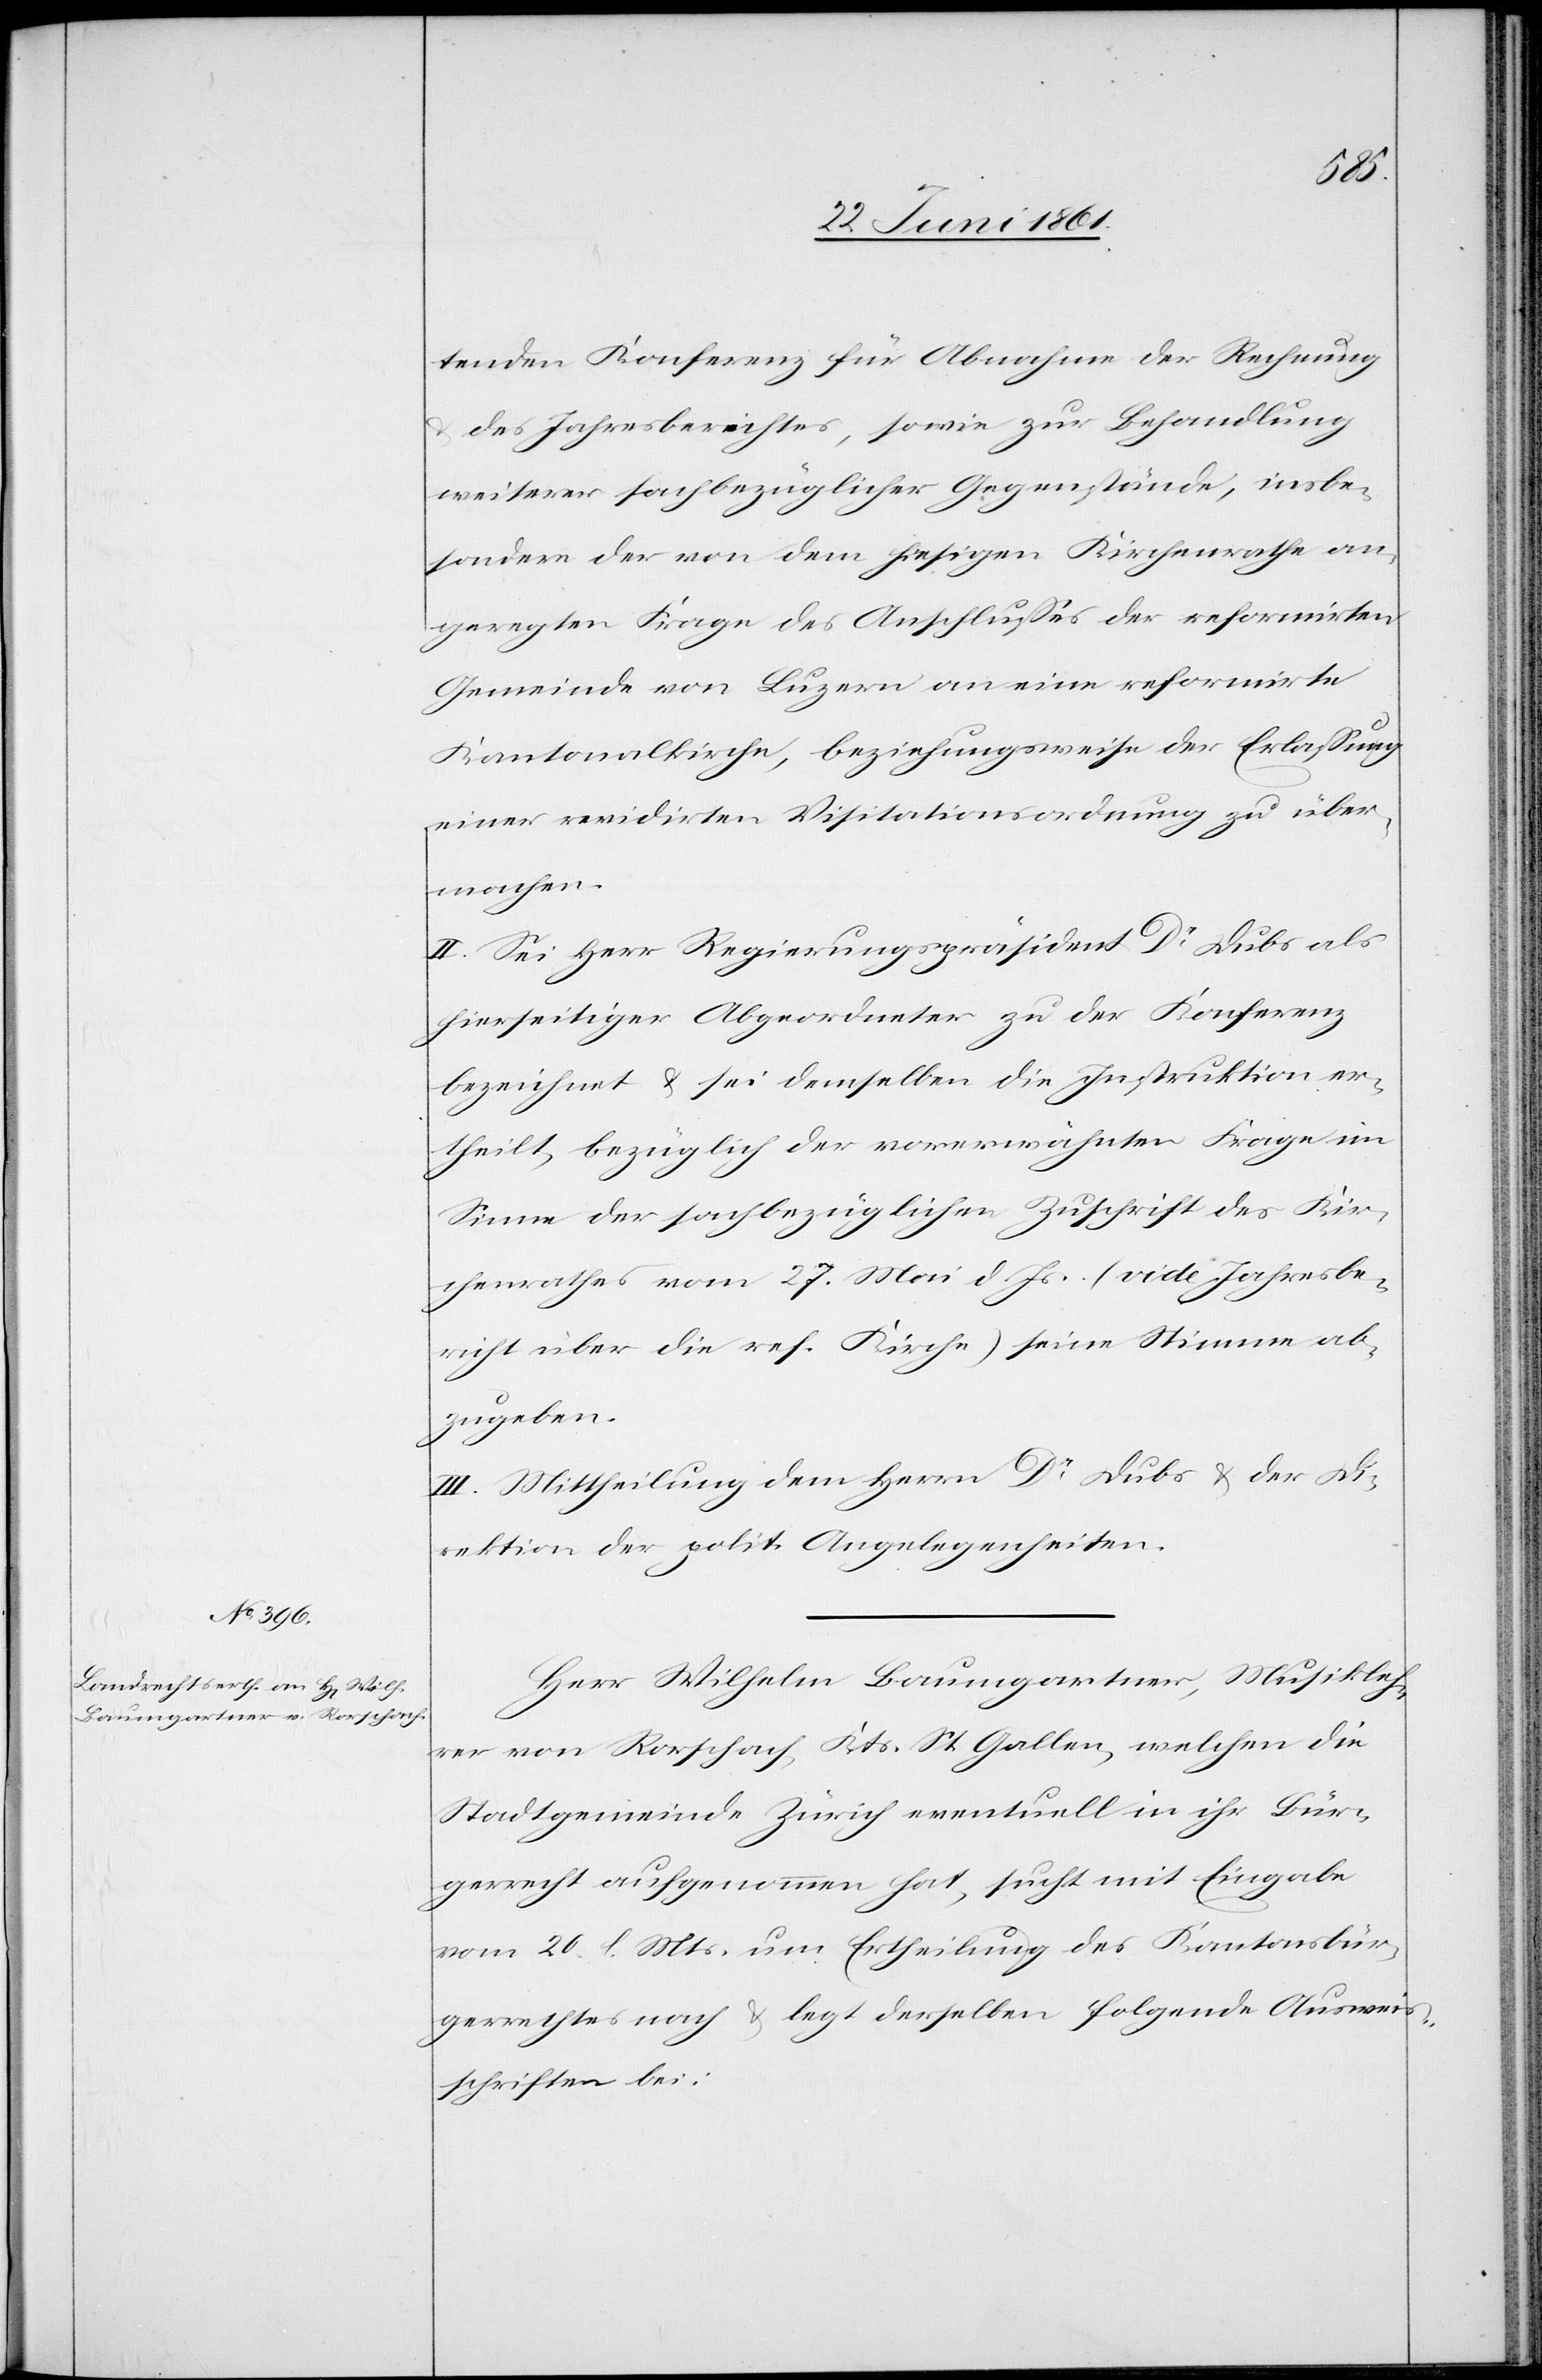
tenden Konferenz für Abnahme der Rechnung
u. des Jahresberichtes, sowie zur Behandlung
weiterer sachbezüglicher Gegenstände, insbe¬
sondere der von dem hiesigen Kirchenrathe an¬
geregten Frage des Anschlusses der reformirten
Gemeinde von Luzern an eine reformirte
Kantonalkirche, beziehungsweise der Erlassung
einer revidirten Visitationsordnung zu über¬
machen.
II. Sei Herr Regierungspräsident Dr. Dubs als
hierseitiger Abgeordneter zu der Konferenz
bezeichnet u. sei demselben die Instruktion er¬
theilt, bezüglich der vorerwähnten Frage im
Sinne der sachbezüglichen Zuschrift des Kir¬
chenrathes vom 27. Mai d. Js. (vide Jahresbe¬
richt über die ref. Kirche) seine Stimme ab¬
zugeben.
III. Mittheilung dem Herrn Dr. Dubs u. der Di¬
rektion der polit. Angelegenheiten.
Herr Wilhelm Baumgartner, Musikleh¬
rer von Rorschach, Kts. St. Gallen, welchen die
Stadtgemeinde Zürich eventuell in ihr Bür¬
gerrecht aufgenommen hat, sucht mit Eingabe
vom 20. l. Mts. um Ertheilung des Kantonsbür¬
gerrechtes nach u. legt derselben folgende Ausweis¬
schriften bei: